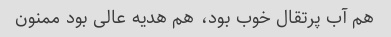
هم آب پرتقال خوب بود، هم هدیه عالی بود ممنون